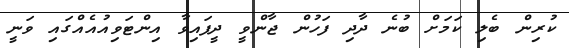
ކުރިން ބެލި ކަމަށް ބުނެ ދާދި ފަހުން ޖާންވީ ދީފައިވާ އިންޓަވިއުއެއްގައި ވަނީ